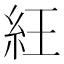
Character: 𥿁